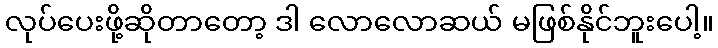
လုပ်ပေးဖို့ဆိုတာတော့ ဒါ လောလောဆယ် မဖြစ်နိုင်ဘူးပေါ့။